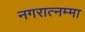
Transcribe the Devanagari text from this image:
नगरात्नम्मा